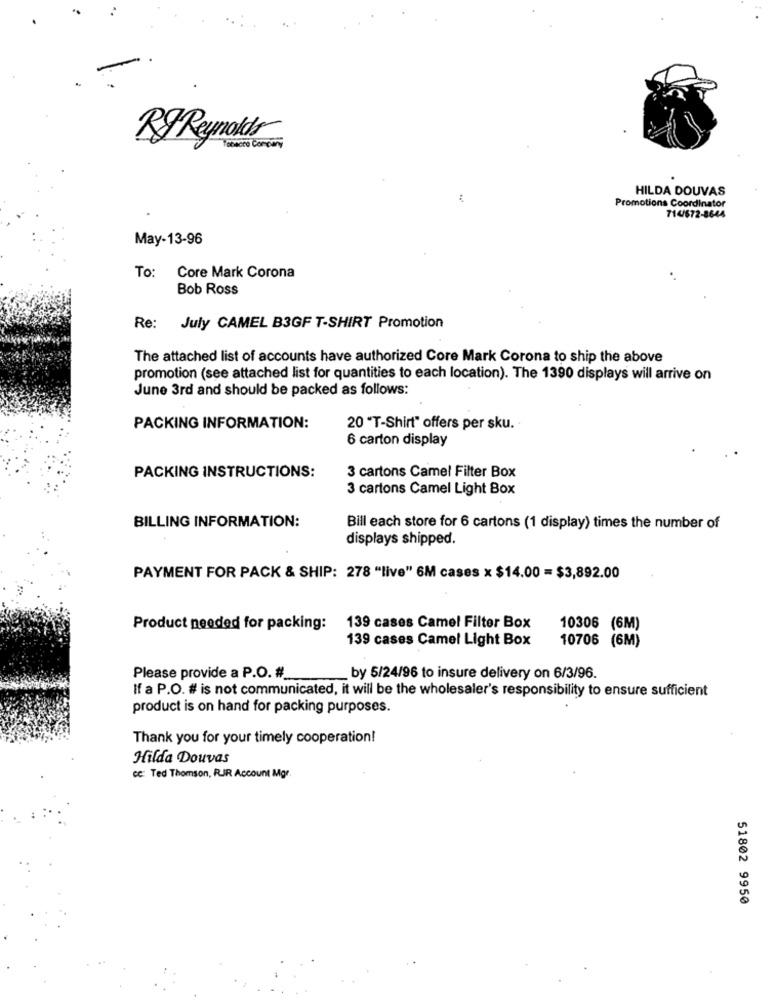
RJ Reynolds
HILDA DOUVAS
Promotions Coordinator
714/672-8644
May-13-96
To: Core Mark Corona
Bob Ross
Re: July CAMEL B3GF T-SHIRT Promotion
The attached list of accounts have authorized Core Mark Corona to ship the above
promotion (see attached list for quantities to each location). The 1390 displays will arrive on
June 3rd and should be packed as follows:
PACKING INFORMATION:
20 "T-Shirt" offers per sku.
6 carton display
PACKING INSTRUCTIONS:
3 cartons Camel Filter Box
3 cartons Camel Light Box
BILLING INFORMATION:
Bill each store for 6 cartons (1 display) times the number of
displays shipped.
PAYMENT FOR PACK & SHIP: 278 "live" 6M cases x $14.00 = $3,892.00
Product needed for packing: 139 cases Camel Filter Box
10306 (6M)
139 cases Camel Light Box
10706 (6M)
Please provide a P.O. #_
by 5/24/96 to insure delivery on 6/3/96.
If a P.O. # is not communicated, it will be the wholesaler's responsibility to ensure sufficient
product is on hand for packing purposes.
Thank you for your timely cooperation!
Hilda Douvas
CC: Ted Thomson, RIR Account Mgr.
51802 9950